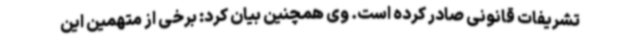
تشریفات قانونی صادر کرده است. وی همچنین بیان کرد: برخی از متهمین این